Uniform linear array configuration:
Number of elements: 24
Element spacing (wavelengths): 0.5
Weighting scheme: cosine
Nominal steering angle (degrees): -45
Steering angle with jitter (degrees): -45.671
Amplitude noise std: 0.05
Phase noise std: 0.05

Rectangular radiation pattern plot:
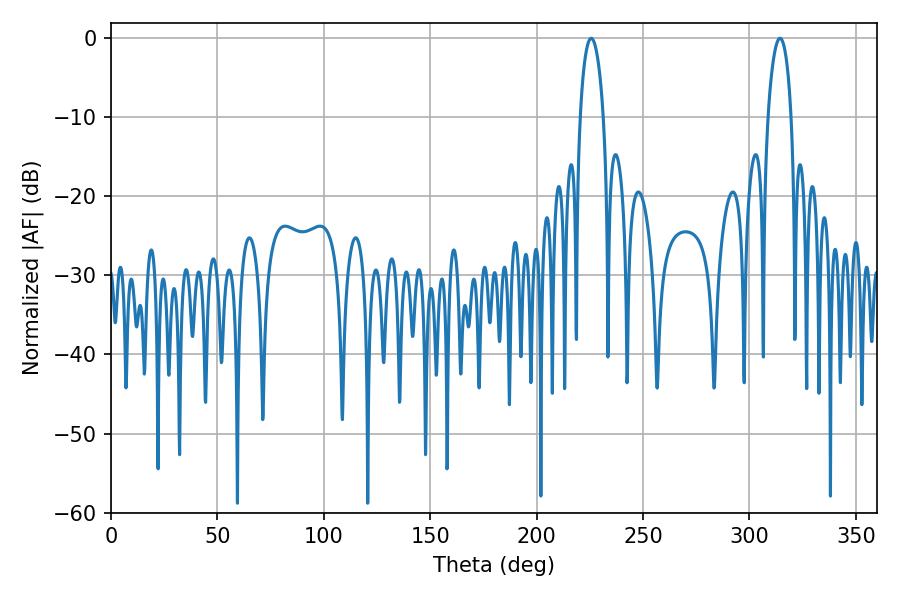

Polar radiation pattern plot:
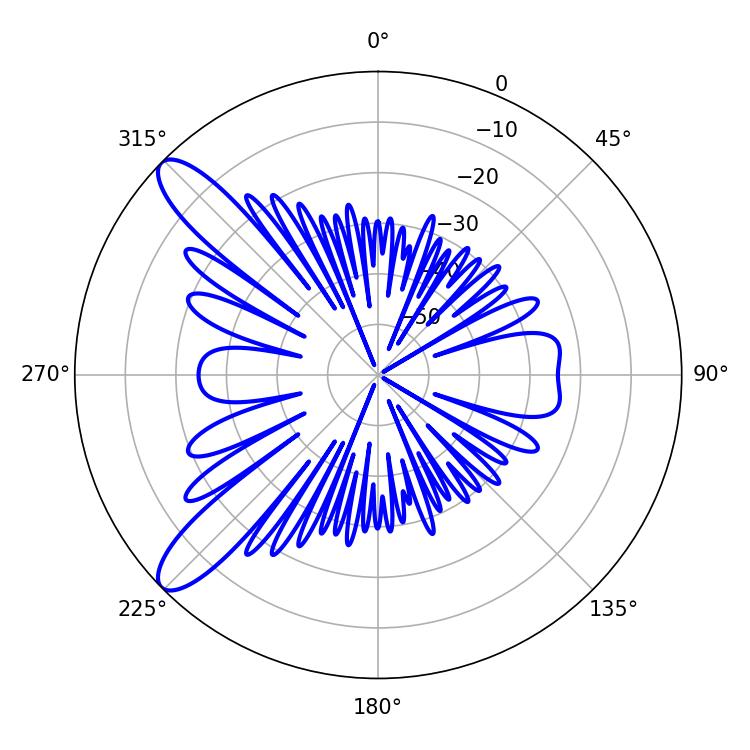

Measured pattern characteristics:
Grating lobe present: FALSE
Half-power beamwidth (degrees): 6.12
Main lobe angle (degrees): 225.72